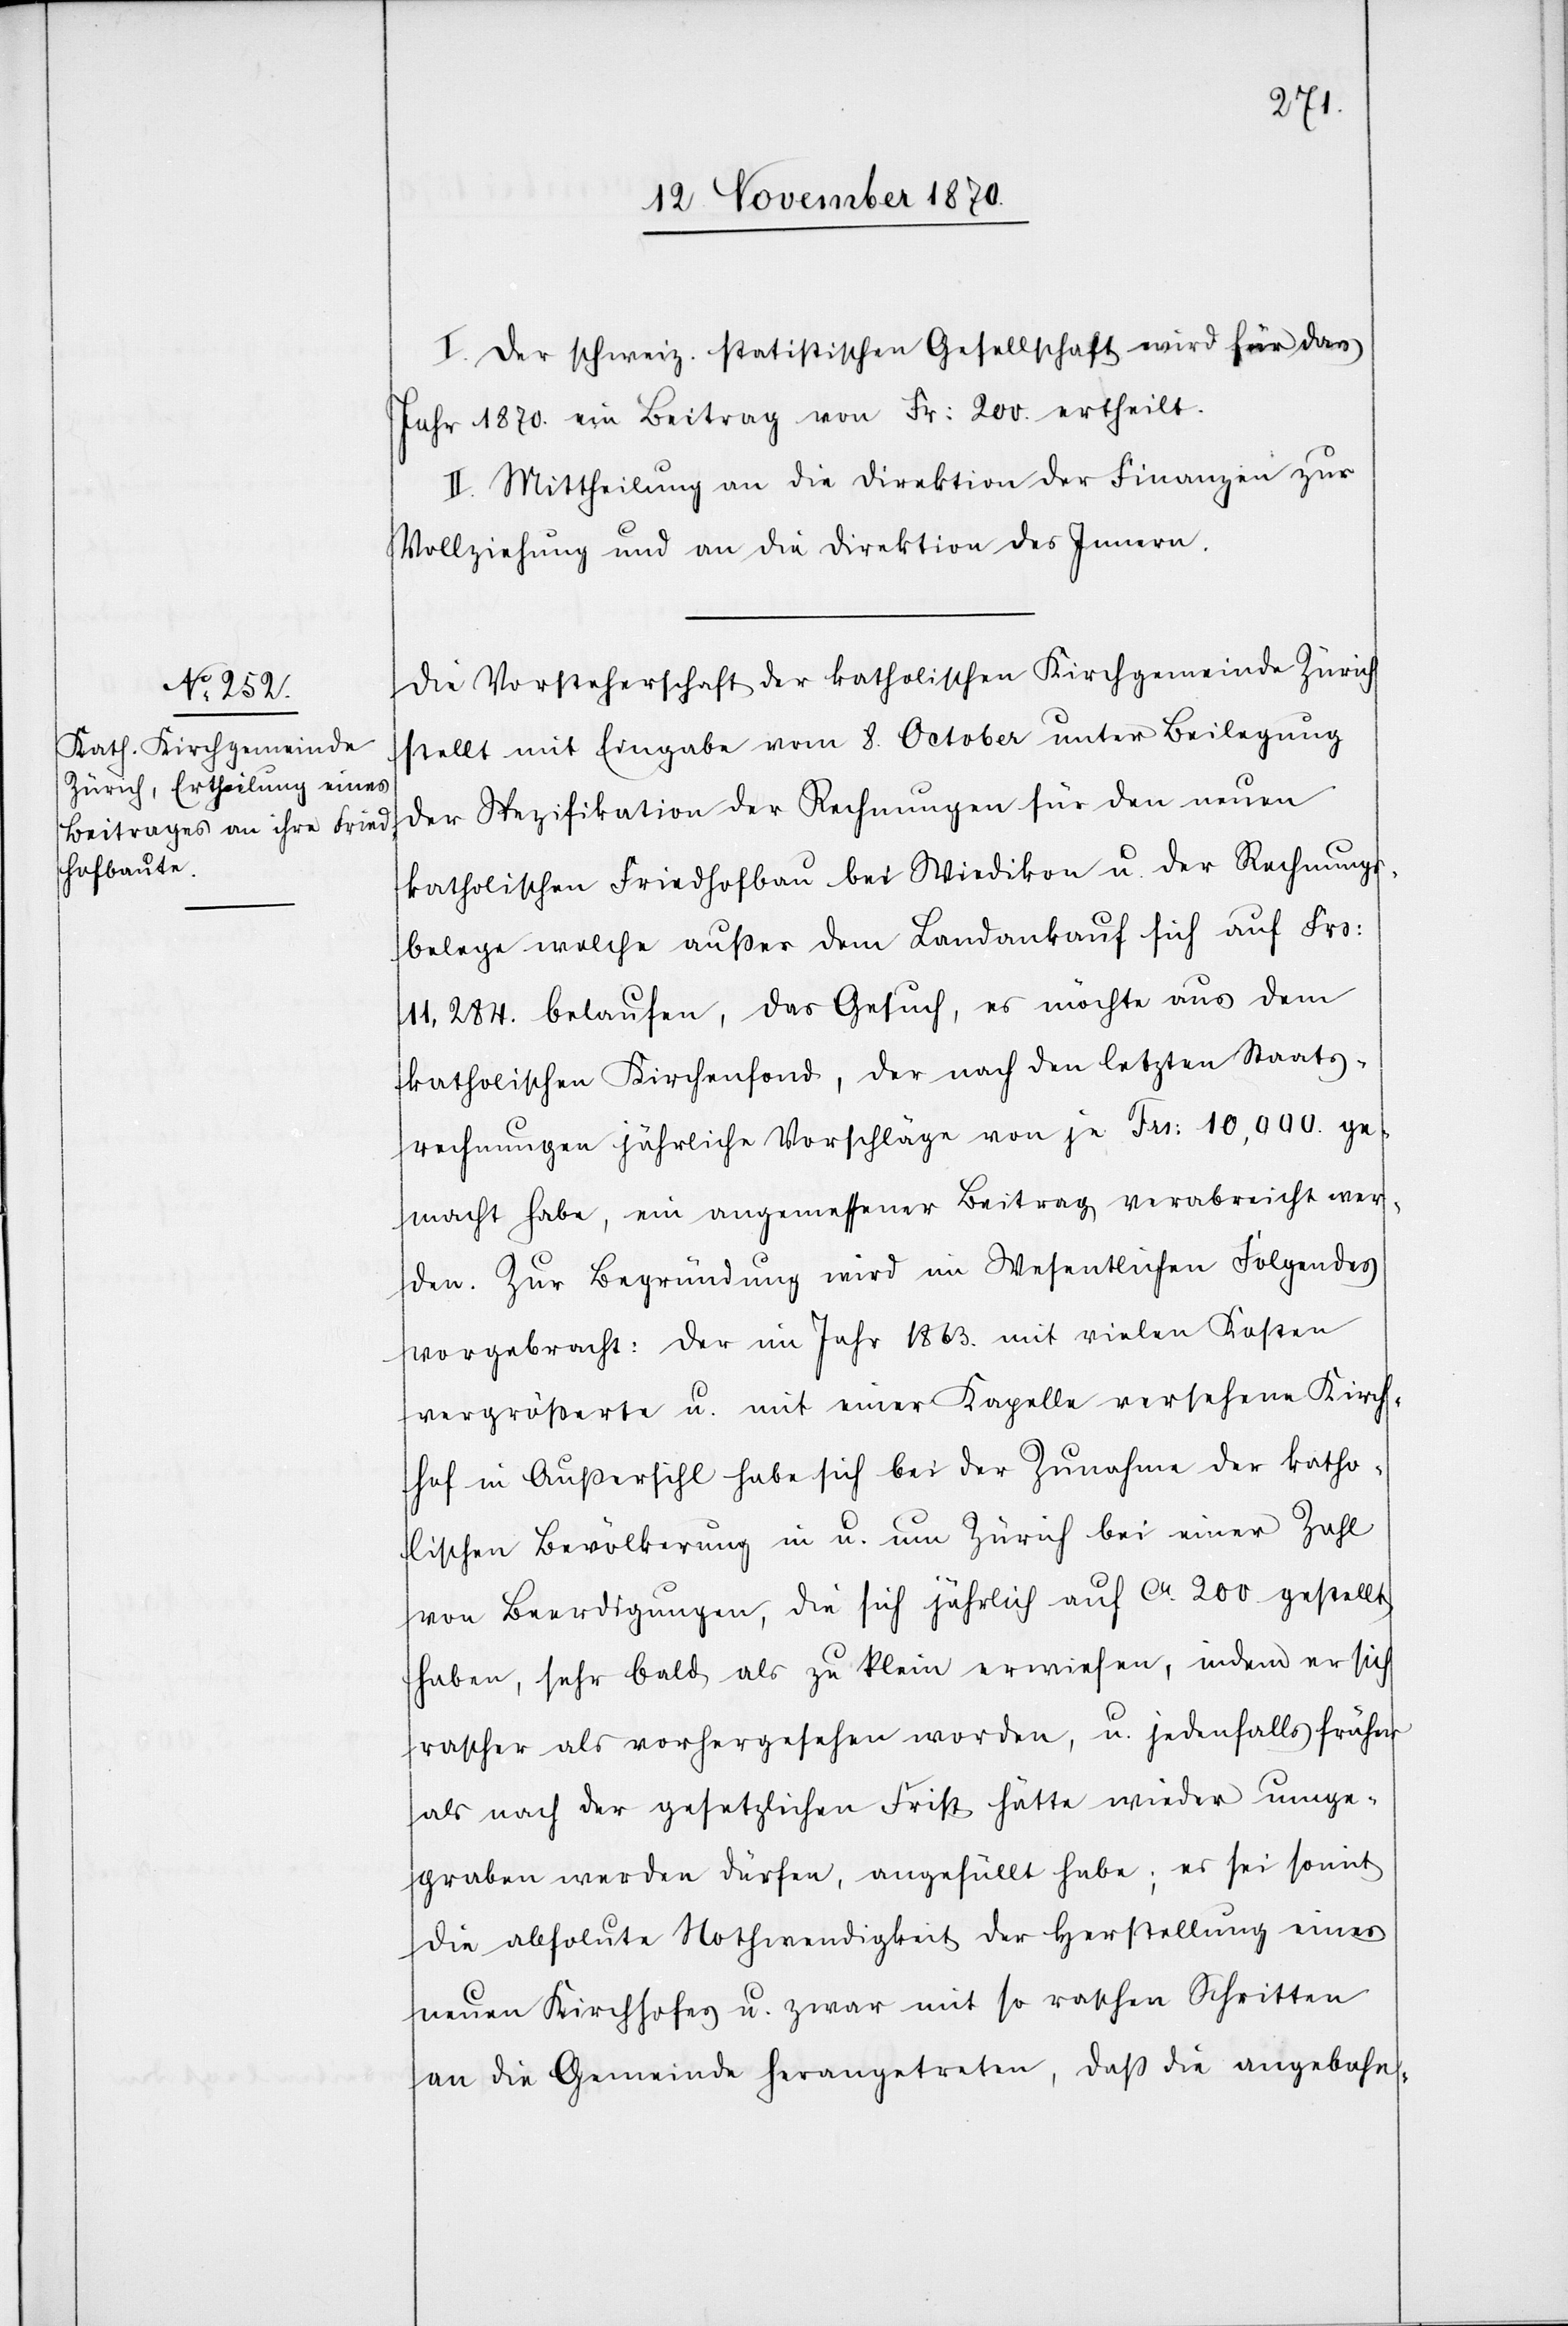
I. Der schweiz. statistischen Gesellschaft wird für das
Jahr 1870. ein Beitrag von Fr: 200 ertheilt.
II. Mittheilung an die Direktion der Finanzen zur
Vollziehung und an die Direktion des Innern.
Die Vorsteherschaft der katholischen Kirchgemeinde Zürich
stellt mit Eingabe vom 8. October unter Beilegung
der Spezifikation der Rechnungen für den neuen
katholischen Friedhofbau bei Wiedikon u. der Rechnungs¬
belege welche außer dem Landankauf sich auf Frs:
11,284 belaufen, das Gesuch, es möchte aus dem
katholischen Kirchenfond, der nach den letzten Staats¬
rechnungen jährliche Vorschläge von je Frs: 10,000 ge¬
macht habe, ein angemessener Beitrag verabreicht wer¬
den. Zur Begründung wird im Wesentlichen Folgendes
vorgebracht: Der im Jahr 1863. mit vielen Kosten
vergrößerte u. mit einer Kapelle versehene Kirch¬
hof in Außersihl habe sich bei der Zunahme der katho¬
lischen Bevölkerung in u. um Zürich bei einer Zahl
von Beerdigungen, die sich jährlich auf ca. 200 gestellt
haben, sehr bald als zu klein erwiesen, indem er sich
rascher als vorhergesehen worden, u. jedenfalls früher
als nach der gesetzlichen Frist hätte wieder umge¬
graben werden dürfen, angefüllt habe; es sei somit
die absolute Nothwendigkeit der Herstellung eines
neuen Kirchhofes u. zwar mit so raschen Schritten
an die Gemeinde herangetreten, daß die angebahn-